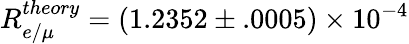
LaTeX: R_{e/\mu}^{theory}=(1.2352\pm.0005)\times 10^{-4}